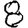
Digit: 8